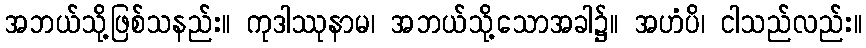
အဘယ်သို့ဖြစ်သနည်း။ ကုဒါဿုနာမ၊ အဘယ်သို့သောအခါ၌။ အဟံပိ၊ ငါသည်လည်း။